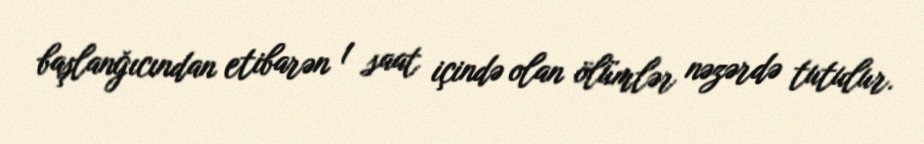
başlanğıcından etibarən 1 saat içində olan ölümlər nəzərdə tutulur.